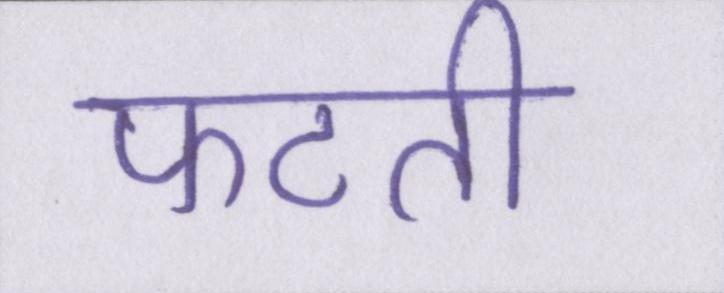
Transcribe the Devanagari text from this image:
फटती